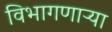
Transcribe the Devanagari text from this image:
विभागणाऱ्या